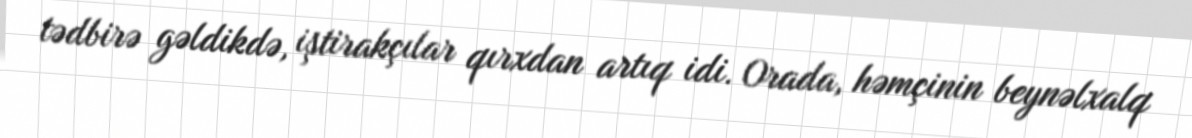
tədbirə gəldikdə, iştirakçılar qırxdan artıq idi. Orada, həmçinin beynəlxalq